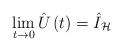
LaTeX: \begin{align*}\lim_{t\rightarrow 0}\hat{U}\left( t\right) =\hat{I}_{\mathcal{H}}\end{align*}